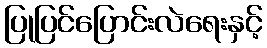
ပြုပြင်ပြောင်းလဲရေးနှင့်